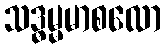
သဒ္ဓမ္မမာစလော